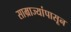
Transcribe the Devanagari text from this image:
साम्राज्यांपासून